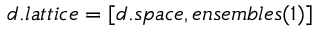
d . l a t t i c e = [ d . s p a c e , e n s e m b l e s ( 1 ) ]